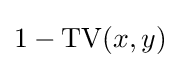
1-{\text{TV}}(x,y)